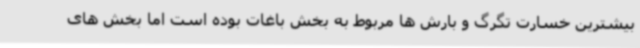
بیشترین خسارت تگرگ و بارش ها مربوط به بخش باغات بوده است اما بخش های